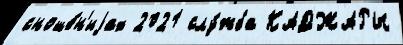
сноше́н'иjах 2021 слу́жба КАДЖАРЫ